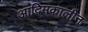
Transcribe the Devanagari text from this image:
आदिमकालीन